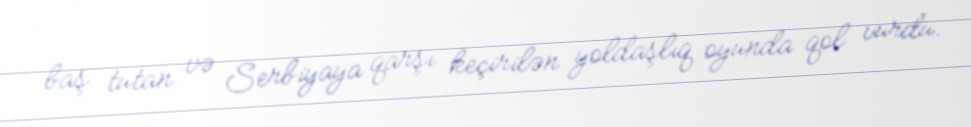
baş tutan və Serbiyaya qarşı keçirilən yoldaşlıq oyunda qol vurdu.